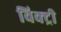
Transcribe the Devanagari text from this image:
विक्‍ट्री